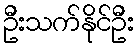
ဦးသက်နိုင်ဦး